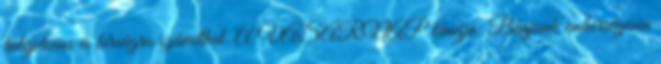
tulajdonos is bírságra számíthat. A VASÁRNAP témája: Bánjunk emberségesen